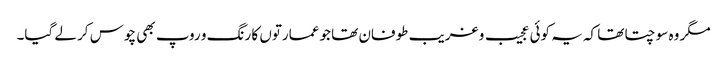
مگر وہ سوچتا تھا کہ یہ کوئی عجیب و غریب طوفان تھا جو عمارتوں کا رنگ و روپ بھی چوس کر لے گیا۔